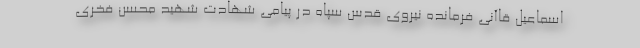
اسماعیل قاآنی فرمانده نیروی قدس سپاه در پیامی شهادت شهید محسن فخری